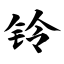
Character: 铃